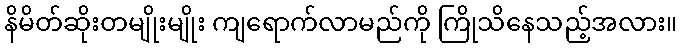
နိမိတ်ဆိုးတမျိုးမျိုး ကျရောက်လာမည်ကို ကြိုသိနေသည့်အလား။